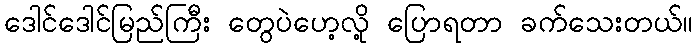
ဒေါင်ဒေါင်မြည်ကြီး တွေပဲဟေ့လို့ ပြောရတာ ခက်သေးတယ်။